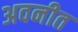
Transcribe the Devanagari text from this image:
अवनीत